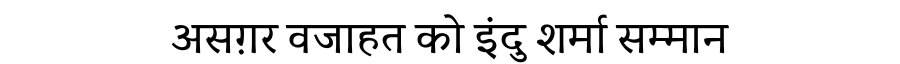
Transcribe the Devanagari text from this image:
असग़र वजाहत को इंदु शर्मा सम्मान